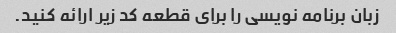
زبان برنامه نویسی را برای قطعه کد زیر ارائه کنید.